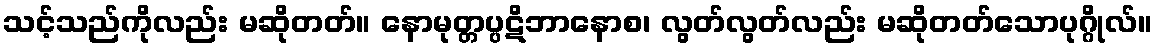
သင့်သည်ကိုလည်း မဆိုတတ်။ နောမုတ္တပ္ပဋိဘာနောစ၊ လွတ်လွတ်လည်း မဆိုတတ်သောပုဂ္ဂိုလ်။